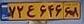
۷۲ع۶۴۶۶۸